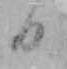
日